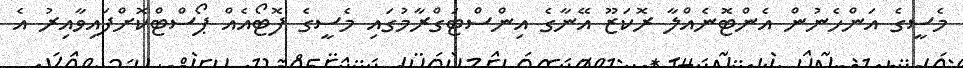
މެސީގެ އަންހެނުން އެންޓޮނެއްލާ ރޮކަޒޫ އޭނާގެ އިންސްޓަގްރާމުގައި މެސީގެ ފޮޓޯއެއް ޕޯސްޓްކޮށްފައިވާއިރު އެ